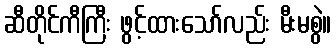
ဆီတိုင်ကီကြီး ဖွင့်ထားသော်လည်း မီးမစွဲ။